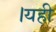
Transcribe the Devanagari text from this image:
।यही